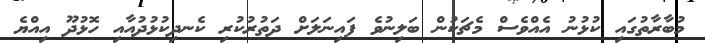
މުބާރާތުގައި ކުޅުނު އެއްވެސް މެޗަކުން ބަލިނުވެ ފައިނަލަށް ދަތުރުކުރި ކެނދިކުޅުދުއާއި ހޮޅުދޫ އިއްޔެ